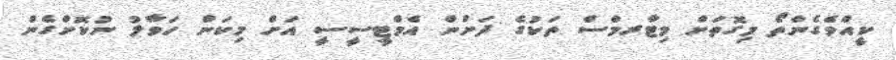
ކީއްވެގެންތޯ މިގޮތަށް މިޓާރމްސް ތަކުގެ ދަށުން އެމްޓީސީސީ އަށް މިކަން ހަވާލު ނުކޮށްގެން